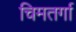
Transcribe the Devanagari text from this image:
चिमतर्गा